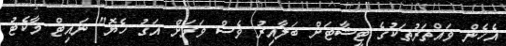
އެހެން ވައްތަރުތަކުގެ ޓީޝާޓަށް ބަލާއިރު ވެސް ވަރަށް އަގު ހެޔޮ" ނައިޓް މާކެޓު